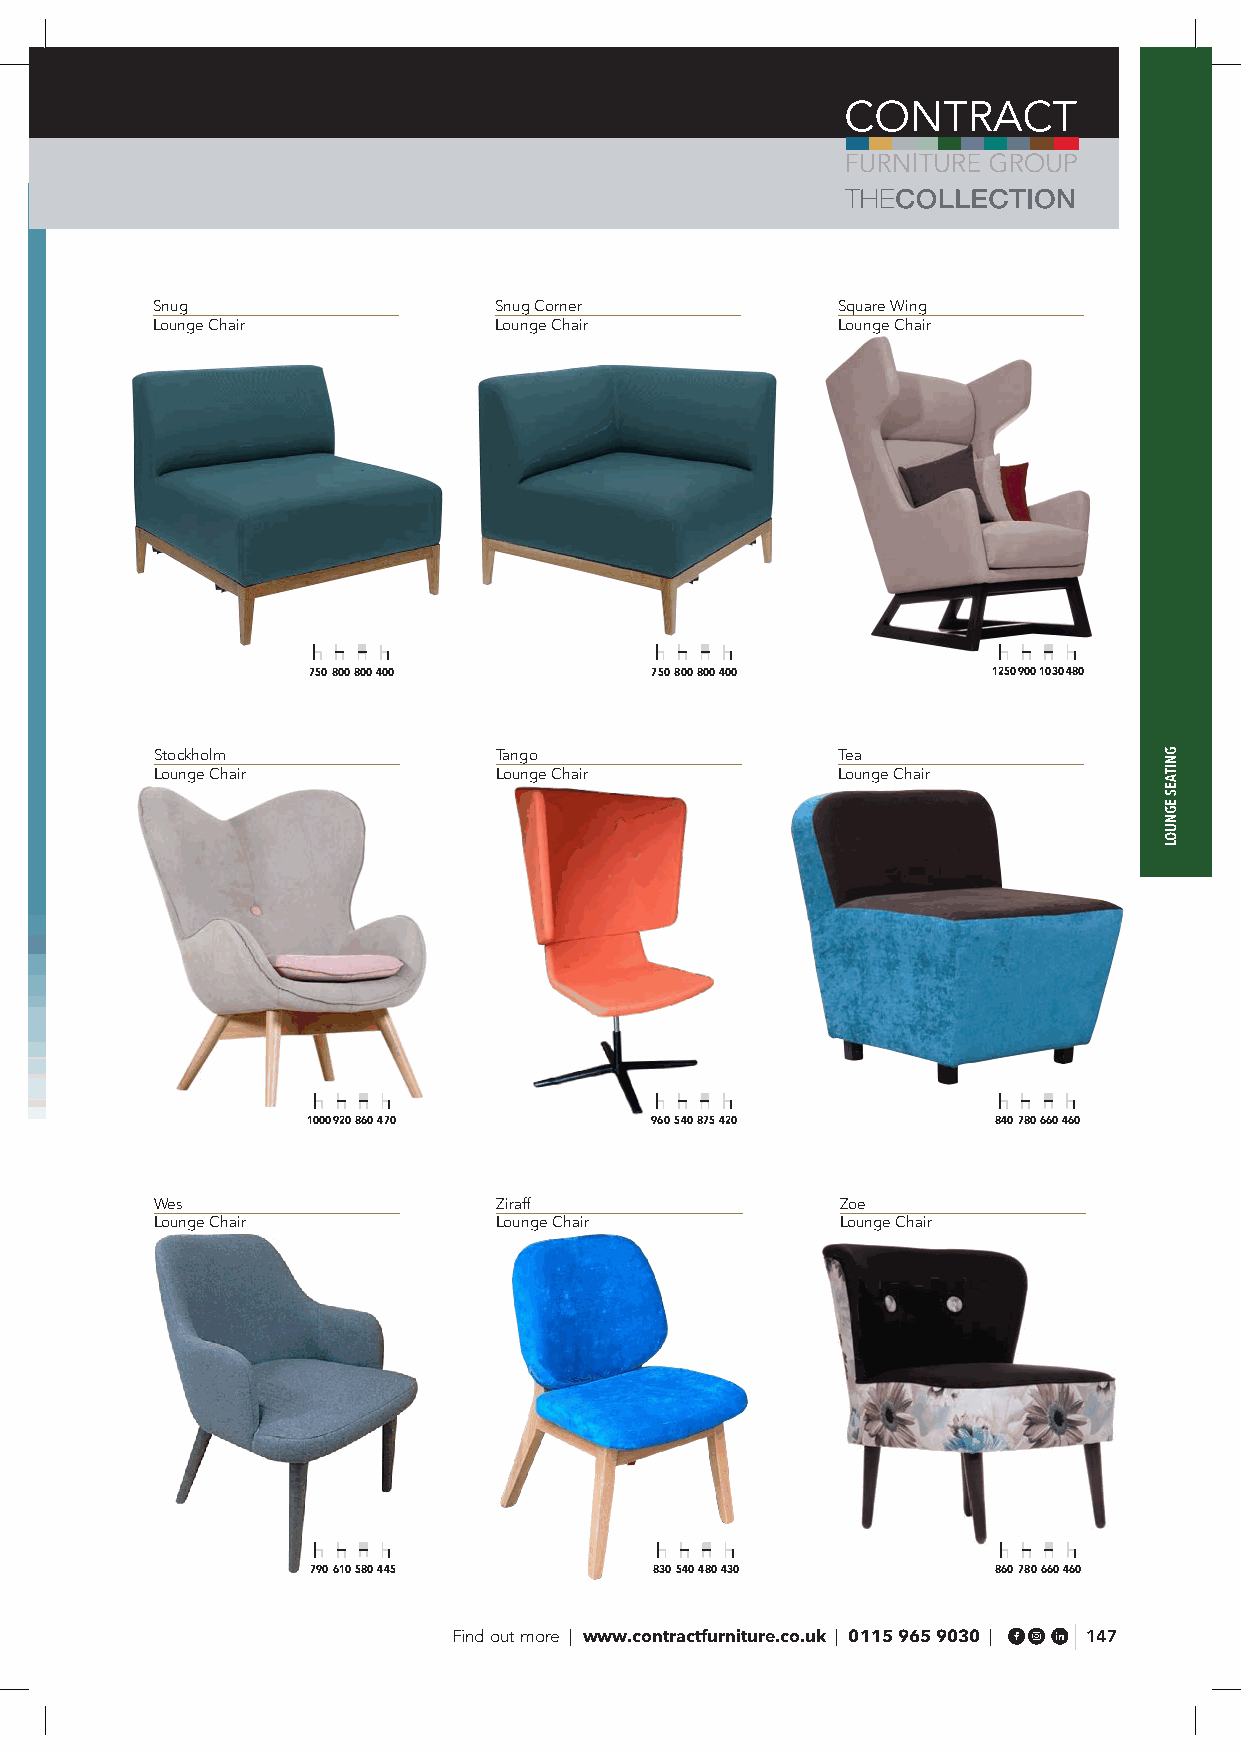
Snug                   Snug Corner           Square Wing
 Lounge Chair           Lounge Chair          Lounge Chair
 750 800 800 400        750 800 800 400        1250 900 1030 480
 Stockholm              Tango                 Tea
 Lounge Chair           Lounge Chair          Lounge Chair
 1000 920 860 470       960 540 875 420        840 780 660 460
 Wes                    Ziraff                 Zoe
 Lounge Chair           Lounge Chair           Lounge Chair
 790 610 580 445       830 540 480 430        860 780 660 460
 Find out more | www.contractfurniture.co.uk | 0115 965 9030 | 147
 GNITAES
 EGNUOL